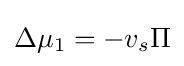
\Delta \mu _{1}=-v_{s}\Pi